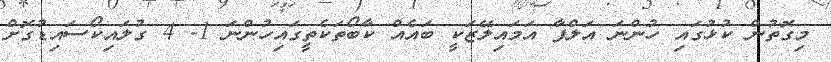
މިގޮތުން ކުޅުގައި ހުންނަ އަލްފާ އަމައިލޭޒަކީ ބައެއް ކާބޯތަކެތީގައިހުންނަ 1- 4 ގުލައިކޯސައިޑުގޮށް